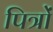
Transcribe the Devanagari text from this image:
पित्रों